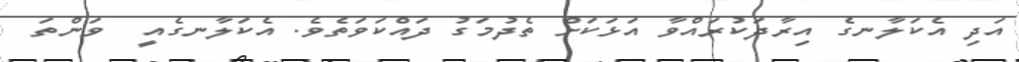
އަދި އެކަލާނގެ އިރާދަކުރައްވާ އަޅަކަށް ތެދުމަގު ދައްކަވަތެވެ. އެކަލާނގެއީ  ވަންތަ